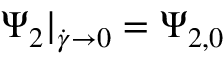
\Psi _ { 2 } | _ { \dot { \gamma } \to 0 } = \Psi _ { 2 , 0 }